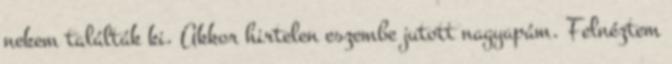
nekem találták ki. Akkor hirtelen eszembe jutott nagyapám. Felnéztem